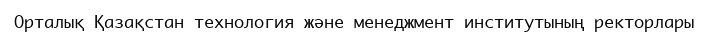
Орталық Қазақстан технология және менеджмент институтының ректорлары